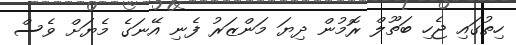
ހިތުގައި ޖެހި ބަތޫލް ރޮމުން ދިޔަ މަންޒަރު ފެނި އޭނަގެ މެޔަށް ވެސް